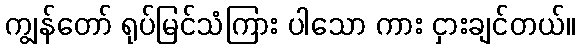
ကျွန်တော် ရုပ်မြင်သံကြား ပါသော ကား ငှားချင်တယ်။